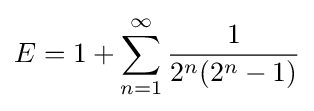
E=1+\sum _{n=1}^{\infty }{\frac {1}{2^{n}(2^{n}-1)}}